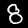
Label: 8